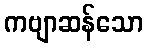
ကဗျာဆန်သော